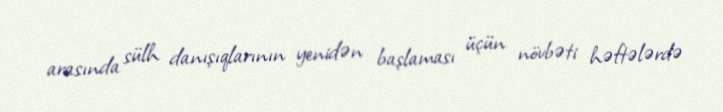
arasında sülh danışıqlarının yenidən başlaması üçün növbəti həftələrdə